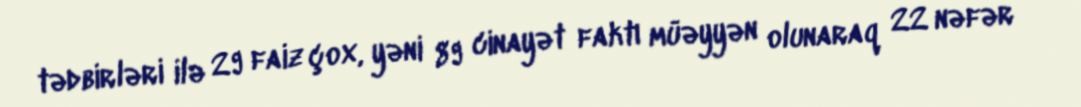
tədbirləri ilə 29 faiz çox, yəni 89 cinayət faktı müəyyən olunaraq 22 nəfər